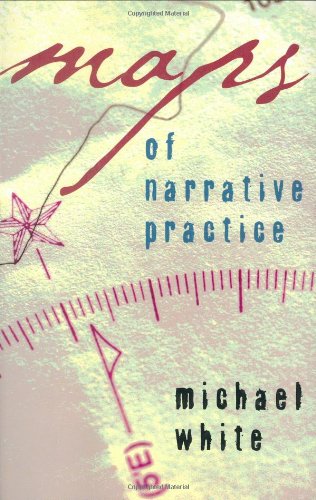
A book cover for Maps of Narrative Practice (Norton Professional Books); Michael White; Medical Books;